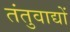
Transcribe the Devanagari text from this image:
तंतुवाद्यों